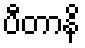
ပီတာနိ